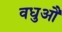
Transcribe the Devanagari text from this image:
वधुऔ